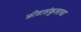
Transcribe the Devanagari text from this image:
क्रीडासंकुलाचा